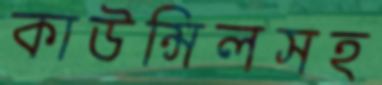
কাউন্সিলসহ